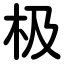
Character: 极